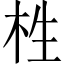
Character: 栍